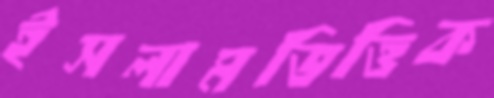
ইসলামভিত্তিক